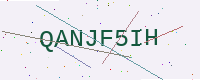
Text: QANJF5IH